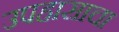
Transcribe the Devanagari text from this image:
उपहासाचा